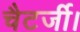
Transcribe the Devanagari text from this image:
चैटर्जी।